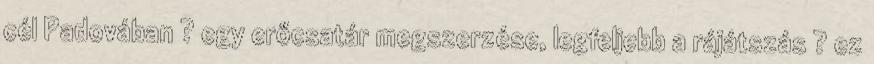
cél Padovában ? egy erőcsatár megszerzése, legfeljebb a rájátszás ? ez